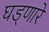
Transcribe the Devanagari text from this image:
घड्णारे